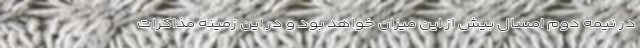
در نيمه دوم امسال بيش از اين ميزان خواهد بود و در اين زمينه مذاكرات